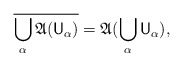
\begin{align*} \overline{ \bigcup_\alpha \mathfrak A(\mathsf U_\alpha)} = \mathfrak A(\bigcup_\alpha \mathsf U_\alpha), \end{align*}